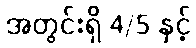
အတွင်းရှိ 4/5 နှင့်